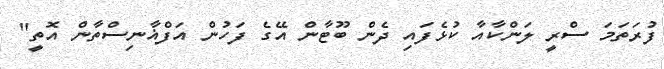
ފުރަތަމަ ސްރީ ލަންކާއާ ކުޅެފައި ދެން ބޫޓާން އޭގެ ފަހުން އަފްޣާނިސްތާން އޮތީ"